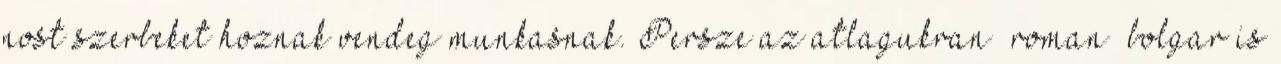
nost szerbeket hoznak vendeg munkasnak. Persze az atlagukran roman bolgar is